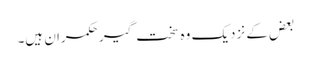
بعض کے نزدیک وہ سخت گیر حکمران ہیں۔